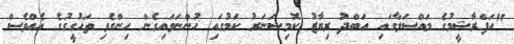
"އަފްރާޝީމުގެ މައްސަލާގައި އަބްދު ރިޔާޒު ކޮމިޝަނަރު ކަމުގައި ހުންނަވައިގެން ހިންގެވި ތަހުގީގުގެ އެއްވެސް